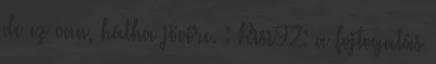
de ez van, hátha jövőre. : Risi92: a fojtogatás